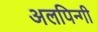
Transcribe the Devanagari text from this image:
अलपिन्गी